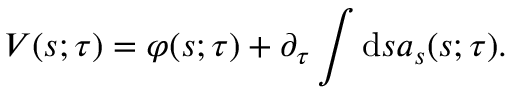
V { \left( s ; \tau \right) } = \varphi { \left( s ; \tau \right) } + \partial _ { \tau } \int \mathrm { d } s a _ { s } { \left( s ; \tau \right) } .